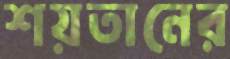
শয়তানের